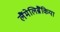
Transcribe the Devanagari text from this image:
लैंमेलिब्रैंकिया